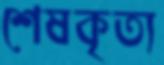
শেষকৃত্য